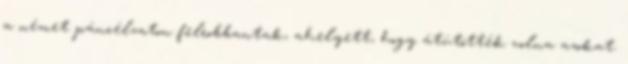
a német páncélzaton felrobbantak, ahelyett, hogy átütötték volna azokat.